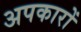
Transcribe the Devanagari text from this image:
अपकारों